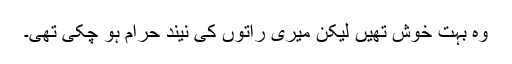
وہ بہت خوش تھیں لیکن میری راتوں کی نیند حرام ہو چکی تھی۔